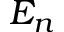
E _ { n }